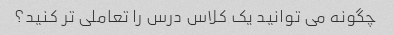
چگونه می توانید یک کلاس درس را تعاملی تر کنید؟